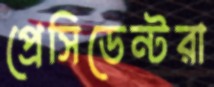
প্রেসিডেন্টরা